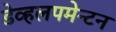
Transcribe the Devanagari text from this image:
डेव्हलपमेन्टन